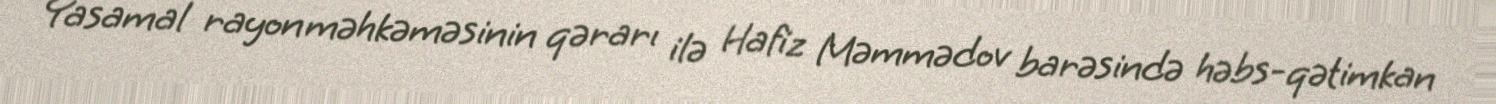
Yasamal rayon məhkəməsinin qərarı ilə Hafiz Məmmədov barəsində həbs-qətimkan